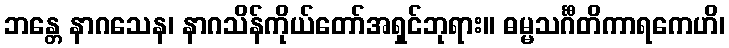
ဘန္တေ နာဂသေန၊ နာဂသိန်ကိုယ်တော်အရှင်ဘုရား။ ဓမ္မသင်္ဂီတိကာရကေဟိ၊